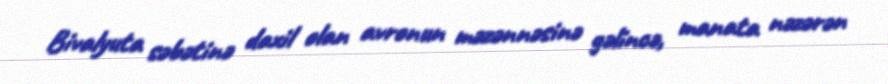
Bivalyuta səbətinə daxil olan avronun məzənnəsinə gəlincə, manata nəzərən